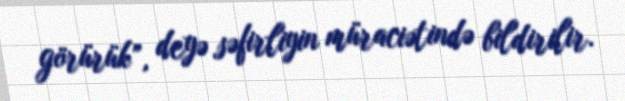
görürük”, deyə səfirliyin müraciətində bildirilir.